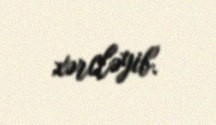
xərcləyib.